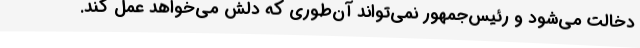
دخالت می‌شود و رئیس‌جمهور نمی‌تواند آن‌طوری که دلش می‌خواهد عمل کند.